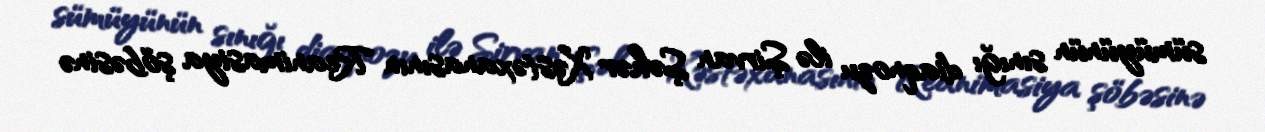
sümüyünün sınığı diaqnozu ilə Şirvan Şəhər Xəstəxanasının Reanimasiya şöbəsinə